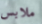
ملابس